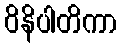
ဝိနိပါတိကာ